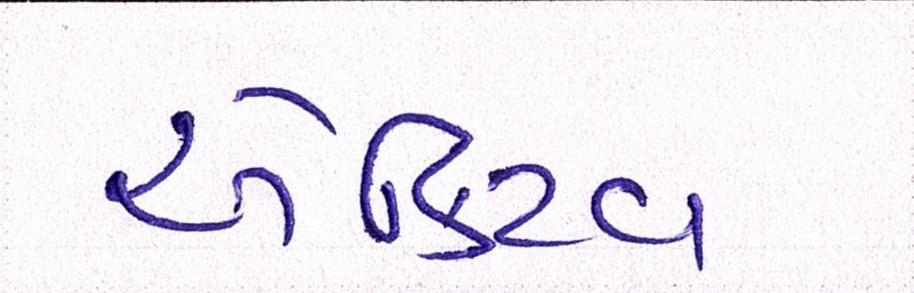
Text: એક્ટિવ